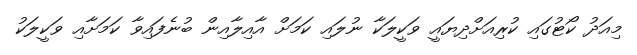
މިއަދު ކޯޓުގައި ކުރިއަށްދިޔައީ ވަކީލަކާ ނުލައި ކަމަށް އާއިލާއިން ބުނެފައިވާ ކަމަށާއި ވަކީލަކު